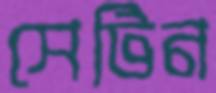
সেটিন